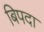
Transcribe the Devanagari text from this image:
बिपदा